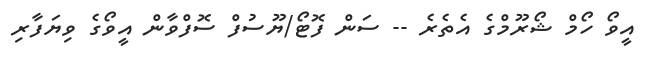
އީވޯ ހޯމް ޝޯރޫމްގެ އެތެރެ -- ސަން ފޮޓޯ/ޔޫސުފް ސޮފްވާން އީވޯގެ ވިޔަފާރި